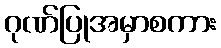
ဂုဏ်ပြုအမှာစကား